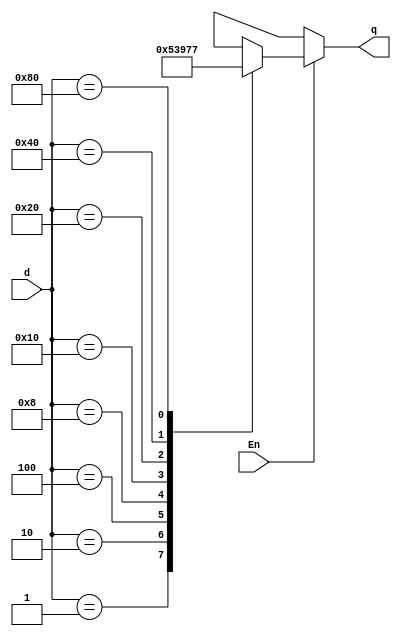
module binary_encoder83(En,d,q);
	input En;     //Enable input
   input [7:0]d; //d input vector with 8 bits
	output reg [2:0]q;
	/* q outputs vector with 3 bits, also declared as register because it will be used
	   inside always block
	   
	  always block with * sensitivity list because the design will work if at least 1 
	  input is on, in this case, the enable input should always be on
	*/
	always @ (*)begin
      q = 3'bxxx;
		//initialize q as x, not zero because the 0 output is for case 1
		
		//En must be on
		if(En) begin
			casex(d)
				/* encoder logic as follows:
					if a single d input is 1, q returns its index.
				   If the d input contain 2 or more "1" inputs, q will return x values			  
				*/
				8'b00000001: q = 3'b000;
				8'b00000010: q = 3'b001;
				8'b00000100: q = 3'b010;
				8'b00001000: q = 3'b011;
				8'b00010000: q = 3'b100;
				8'b00100000: q = 3'b101;
				8'b01000000: q = 3'b110;
				8'b10000000: q = 3'b111;
			       default: q = 3'bxxx;
					 //default q = x
			endcase
		end
	end
endmodule